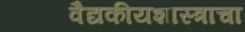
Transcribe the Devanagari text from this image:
वैद्यकीयशास्त्राचा